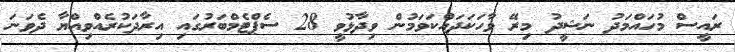
ރައީސް މުހައްމަދު ނަޝީދު މިރޭ ވާހަކަދައްކަވަމުން ވިދާޅުވީ 28 ސެޕްޓެމްބަރުގައި އިރާދަކުރެއްވިއްޔާ ދެވަނަ